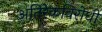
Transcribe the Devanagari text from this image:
अतिरेकविरोधी